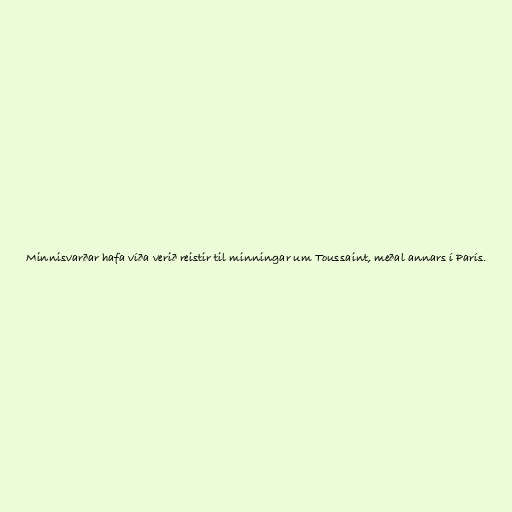
Minnisvarðar hafa víða verið reistir til minningar um Toussaint, meðal annars í París.